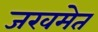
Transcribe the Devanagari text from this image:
जखमेत